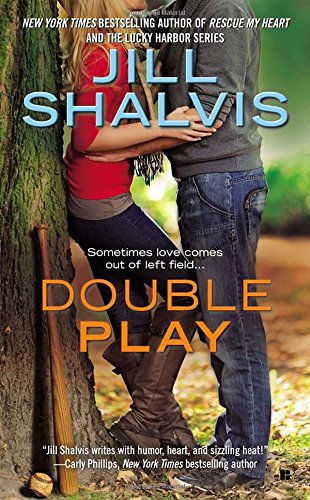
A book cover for Double Play; Jill Shalvis; Romance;